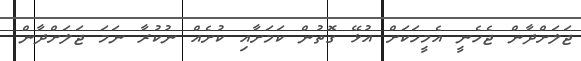
ޖަލަށްދާން ޖެހެނީ އެމީހަކަށް އުޅޭ ގޮތުން ކަމަށާއި ކުށެއް ނުކުރާ ނަމަ ޖަލަށްދާން